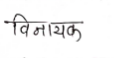
मजकूर: विनायक